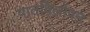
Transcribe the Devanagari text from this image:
पातविलोपन